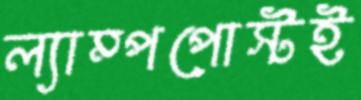
ল্যাম্পপোস্টই